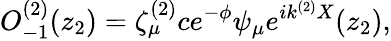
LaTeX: O_{-1}^{(2)}(z_{2})=\zeta_{\mu}^{(2)}ce^{-\phi}\psi_{\mu}e^{ik^{(2)}X}(z_{2}),